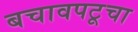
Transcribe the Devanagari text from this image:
बचावपटूचा